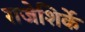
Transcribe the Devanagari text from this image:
राजेशिर्के